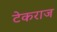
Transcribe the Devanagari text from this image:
टेकराज